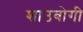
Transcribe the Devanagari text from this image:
शाउबोगी